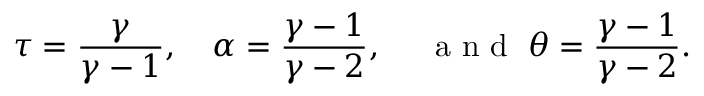
\tau = \frac { \gamma } { \gamma - 1 } , ~ ~ ~ \alpha = \frac { \gamma - 1 } { \gamma - 2 } , ~ ~ ~ \; \textrm { a n d } \; \theta = \frac { \gamma - 1 } { \gamma - 2 } .